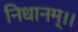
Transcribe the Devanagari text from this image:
निधानम्।।